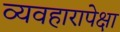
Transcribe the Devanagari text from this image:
व्यवहारापेक्षा